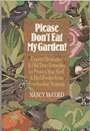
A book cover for Please Don't Eat My Garden!: Expert Strategies & Old-Time Remedies to Protect Your Yard & Bird Feeder from Freeloading Animals; Nancy McCord; Crafts, Hobbies & Home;